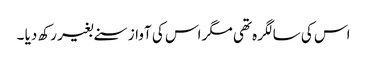
اس کی سالگرہ تھی مگر اس کی آواز سنے بغیر رکھ دیا ۔